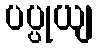
ပပ္ပုယျ